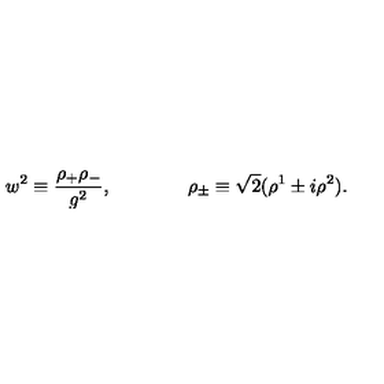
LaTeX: w ^ { 2 } \equiv \frac { \rho _ { + } \rho _ { - } } { g ^ { 2 } } , \qquad \qquad \rho _ { \pm } \equiv \sqrt { 2 } ( \rho ^ { 1 } \pm i \rho ^ { 2 } ) .